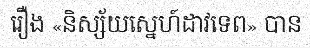
រឿង «និស្ស័យស្នេហ៍ដាវទេព» បាន